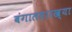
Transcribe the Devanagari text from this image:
बंगालसारख्या